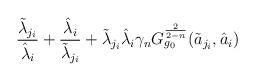
LaTeX: \begin{align*}\frac{\tilde \lambda_{j_{i}}}{\hat \lambda_{i}}+\frac{\hat \lambda_{i}}{\tilde \lambda_{j_{i}}}+\tilde \lambda_{j_{i}}\hat \lambda_{i}\gamma_{n}G_{g_{0}}^{\frac{2}{2-n}}(\tilde a_{j_{i}}, \hat a_{i})\end{align*}